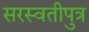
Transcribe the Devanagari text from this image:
सरस्वतीपुत्र